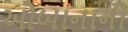
ઓબાનાની